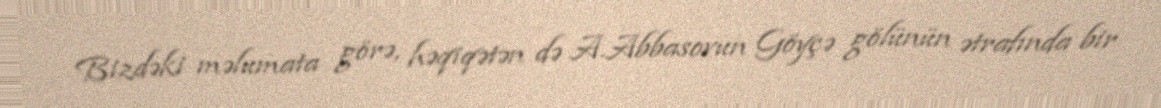
Bizdəki məlumata görə, həqiqətən də A.Abbasovun Göyçə gölünün ətrafında bir